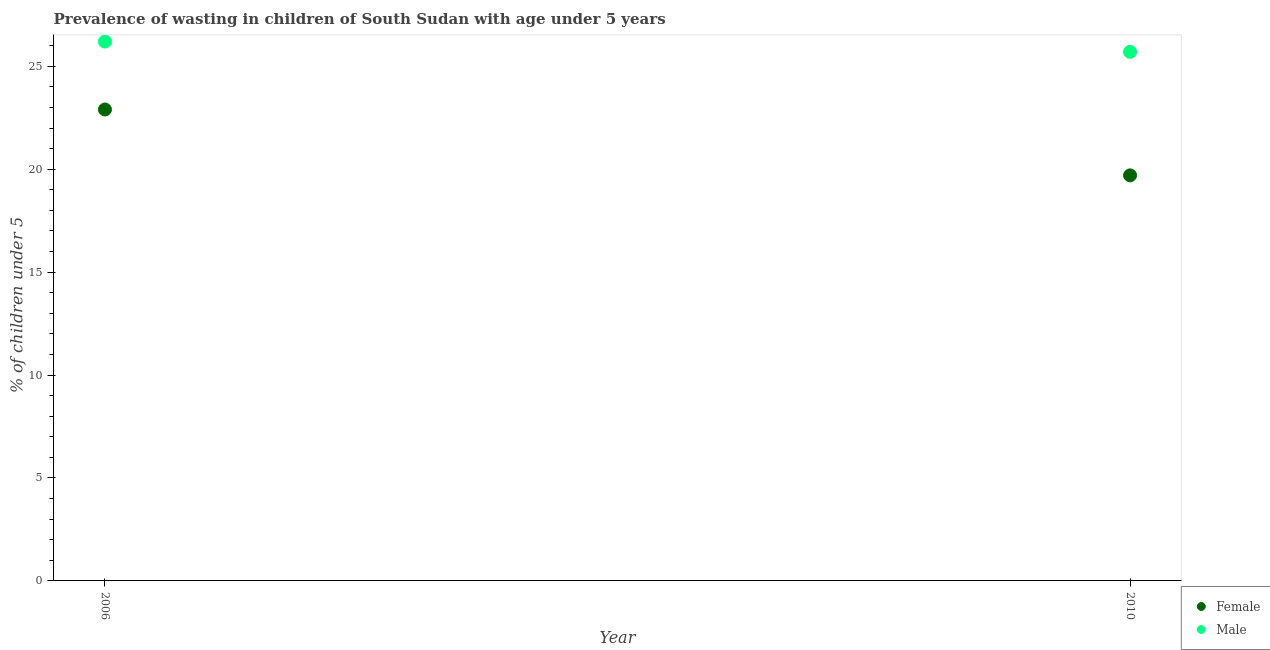
| Year | Female | Male |
 | --- | --- | --- |
 | 2006 | 22.9 | 26.2 |
 | 2010 | 19.7 | 25.7 |